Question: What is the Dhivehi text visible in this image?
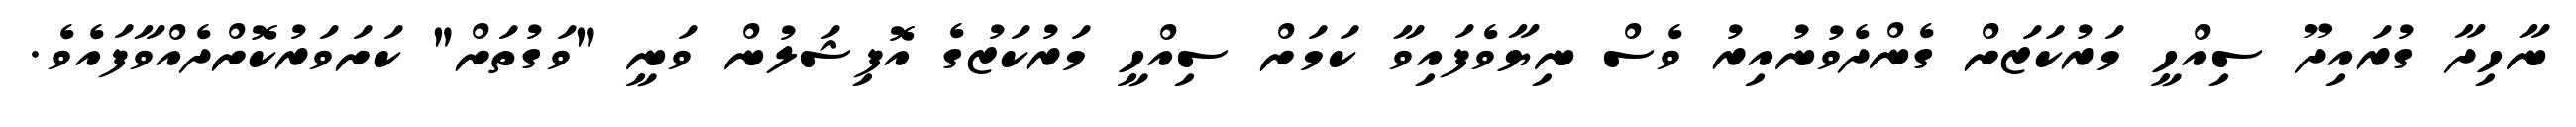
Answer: ނާހިދާ ގުރައިދޫ ސިއްހީ މަރުކަޒަށް ގެންދެވުނުއިރު ވެސް ނިޔާވެފައިވާ ކަމަށް ސިއްހީ މަރުކަޒުގެ އޮފިޝަލުން ވަނީ "ވަގުތަށް" ކަށަވަރުކޮށްދެއްވާފައެވެ.